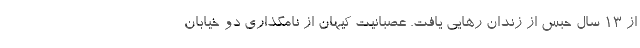
از ۱۳ سال حبس از زندان رهایی یافت. عصبانیت کیهان از نامگذاری دو خیابان